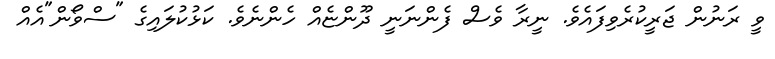
ވީ ރަނުން ޖަރީކުރެވިފައެވެ. ނީރާ ވެސް ފެންނަނީ ދޫންޏެއް ހެންނެވެ. ކަޅުކުލައިގެ "ސްވޯން"އެއް